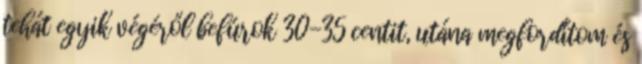
tehát egyik végéről befúrok 30-35 centit, utána megfordítom és